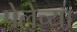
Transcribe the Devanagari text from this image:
पेलेच्या